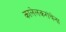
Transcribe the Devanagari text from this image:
कालेलकरांचेना